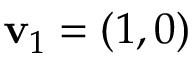
\mathbf { v } _ { 1 } = ( 1 , 0 )